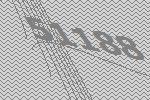
51188